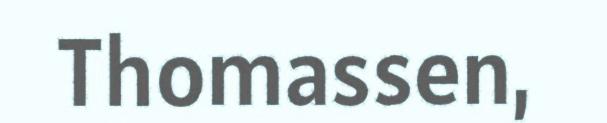
Thomassen,